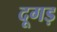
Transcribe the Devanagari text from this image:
दूगड़